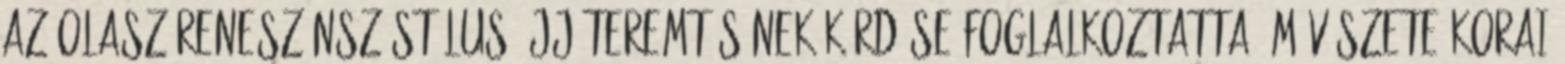
az olasz reneszánsz stílus újjáteremtésének kérdése foglalkoztatta. Művészete korai